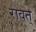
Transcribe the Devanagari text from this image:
रावत्